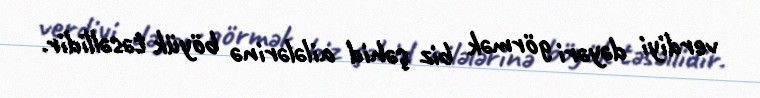
verdiyi dəyəri görmək biz şəhid ailələrinə böyük təsəllidir.